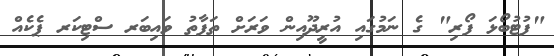
"ފުޓުބޯޅަ ފޯރި" ގެ ނަމުގައި އުރީދޫއިން ވަރަށް ތަފާތު ވައިބަރ ސްޓިކަރ ޕެކެއް